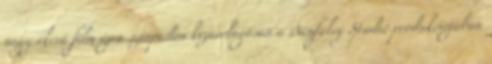
nagysikerű film újra színpadon kizárólagosan a Bánfalvy Stúdió produkciójában